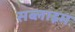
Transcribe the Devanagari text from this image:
सब्लाइम